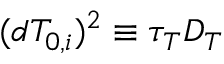
( d T _ { 0 , i } ) ^ { 2 } \equiv \tau _ { T } D _ { T }